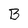
Character: B